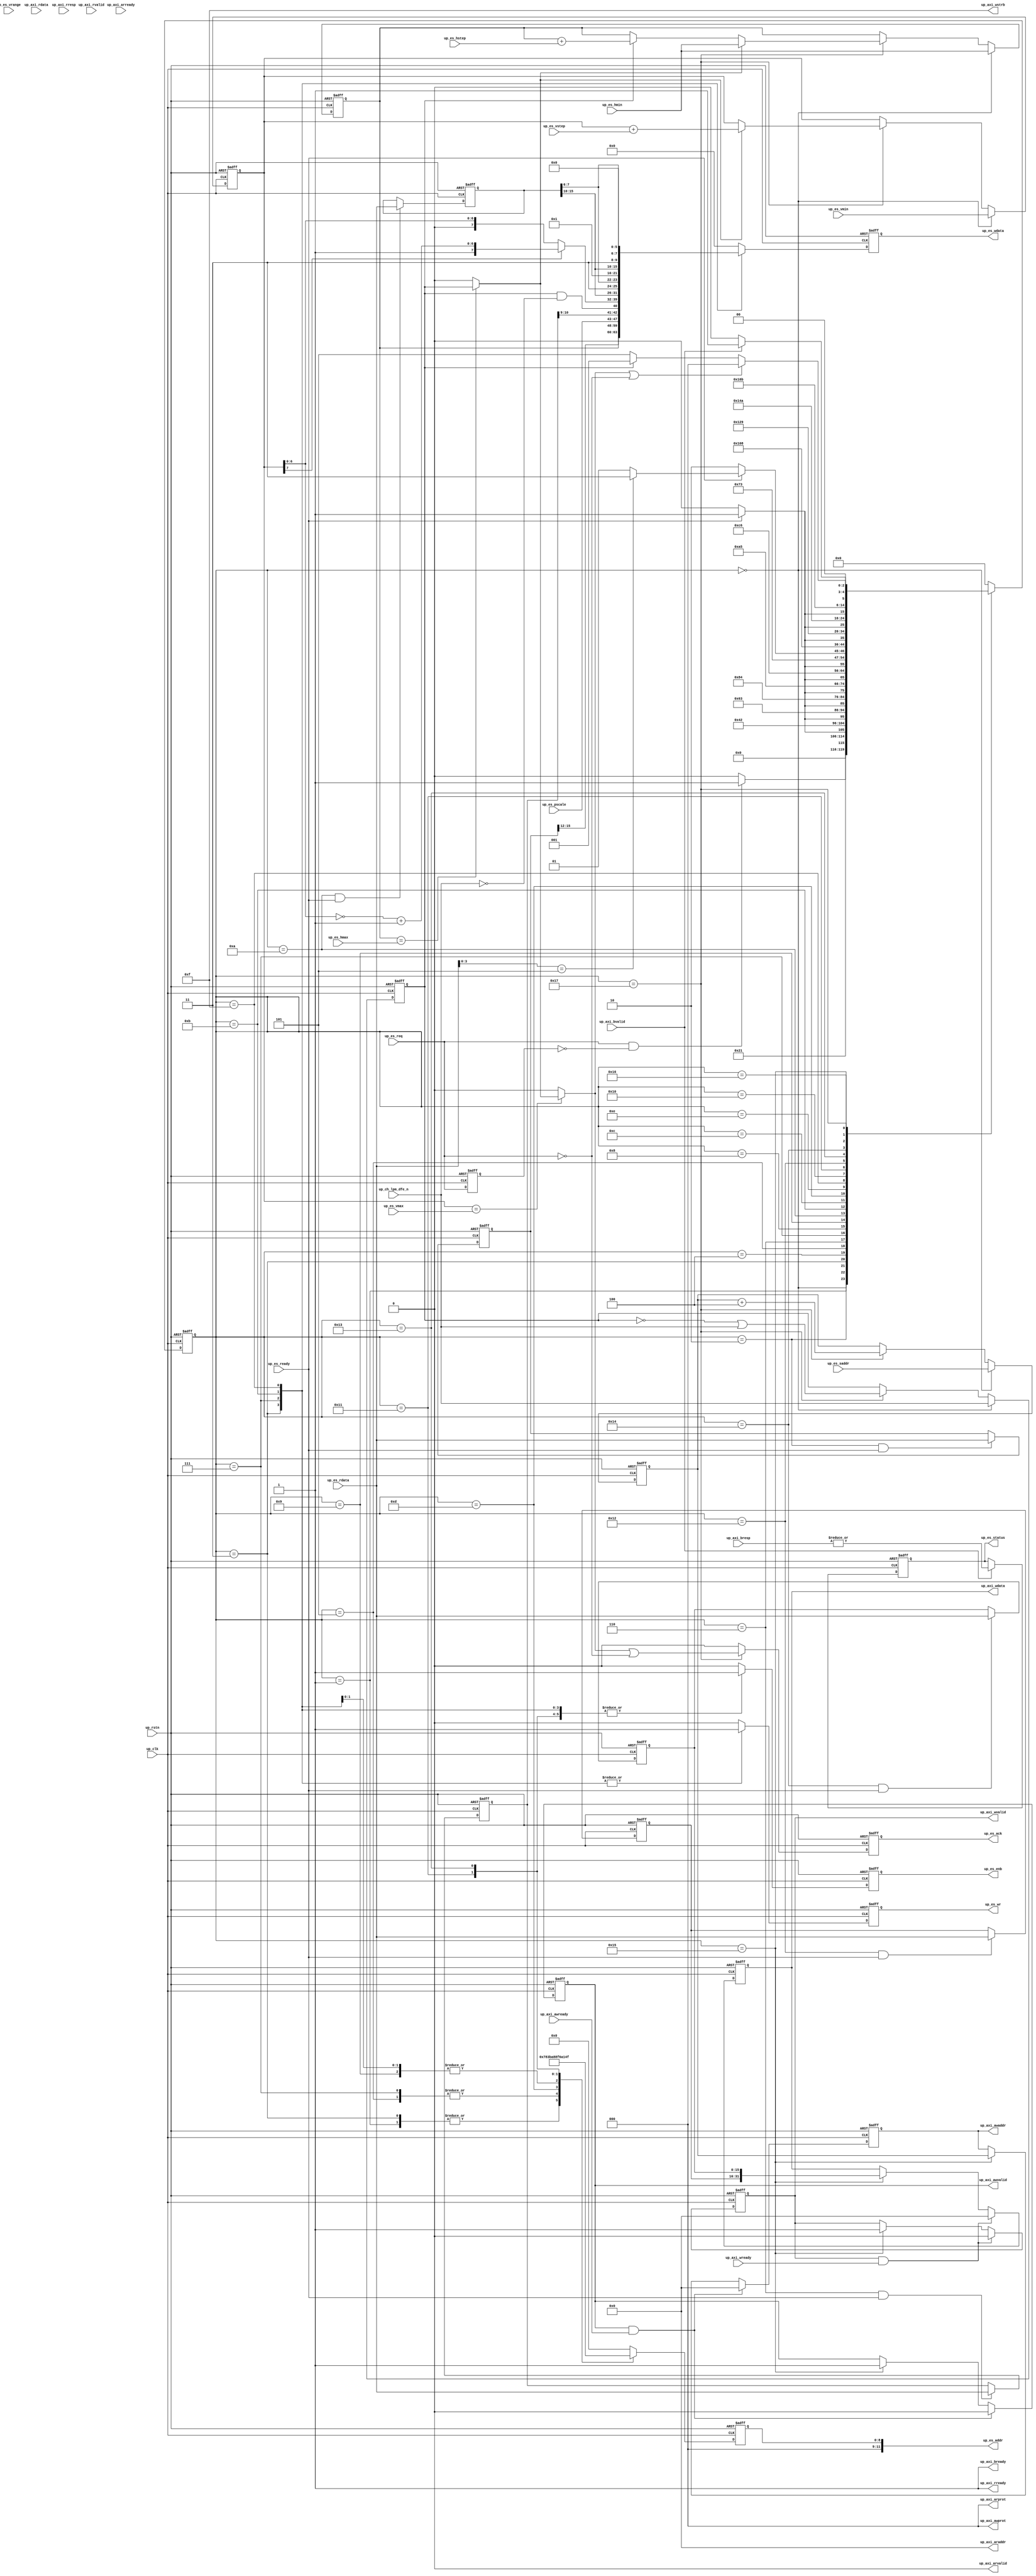
// ***************************************************************************
// ***************************************************************************
// Copyright 2011(c) Analog Devices, Inc.
// 
// All rights reserved.
// 
// Redistribution and use in source and binary forms, with or without modification,
// are permitted provided that the following conditions are met:
//     - Redistributions of source code must retain the above copyright
//       notice, this list of conditions and the following disclaimer.
//     - Redistributions in binary form must reproduce the above copyright
//       notice, this list of conditions and the following disclaimer in
//       the documentation and/or other materials provided with the
//       distribution.
//     - Neither the name of Analog Devices, Inc. nor the names of its
//       contributors may be used to endorse or promote products derived
//       from this software without specific prior written permission.
//     - The use of this software may or may not infringe the patent rights
//       of one or more patent holders.  This license does not release you
//       from the requirement that you obtain separate licenses from these
//       patent holders to use this software.
//     - Use of the software either in source or binary form, must be run
//       on or directly connected to an Analog Devices Inc. component.
//    
// THIS SOFTWARE IS PROVIDED BY ANALOG DEVICES "AS IS" AND ANY EXPRESS OR IMPLIED WARRANTIES,
// INCLUDING, BUT NOT LIMITED TO, NON-INFRINGEMENT, MERCHANTABILITY AND FITNESS FOR A
// PARTICULAR PURPOSE ARE DISCLAIMED.
//
// IN NO EVENT SHALL ANALOG DEVICES BE LIABLE FOR ANY DIRECT, INDIRECT, INCIDENTAL, SPECIAL,
// EXEMPLARY, OR CONSEQUENTIAL DAMAGES (INCLUDING, BUT NOT LIMITED TO, INTELLECTUAL PROPERTY
// RIGHTS, PROCUREMENT OF SUBSTITUTE GOODS OR SERVICES; LOSS OF USE, DATA, OR PROFITS; OR 
// BUSINESS INTERRUPTION) HOWEVER CAUSED AND ON ANY THEORY OF LIABILITY, WHETHER IN CONTRACT,
// STRICT LIABILITY, OR TORT (INCLUDING NEGLIGENCE OR OTHERWISE) ARISING IN ANY WAY OUT OF 
// THE USE OF THIS SOFTWARE, EVEN IF ADVISED OF THE POSSIBILITY OF SUCH DAMAGE.
// ***************************************************************************
// ***************************************************************************

`timescale 1ns/100ps

module axi_adxcvr_es (

  // up interface

  input           up_rstn,
  input           up_clk,
  output          up_es_enb,
  output  [11:0]  up_es_addr,
  output          up_es_wr,
  output  [15:0]  up_es_wdata,
  input   [15:0]  up_es_rdata,
  input           up_es_ready,
  input           up_ch_lpm_dfe_n,
  input           up_es_req,
  output          up_es_ack,
  input   [ 4:0]  up_es_pscale,
  input   [ 1:0]  up_es_vrange,
  input   [ 7:0]  up_es_vstep,
  input   [ 7:0]  up_es_vmax,
  input   [ 7:0]  up_es_vmin,
  input   [11:0]  up_es_hmax,
  input   [11:0]  up_es_hmin,
  input   [11:0]  up_es_hstep,
  input   [31:0]  up_es_saddr,
  output          up_es_status,

  // axi interface

  output          up_axi_awvalid,
  output  [31:0]  up_axi_awaddr,
  output  [ 2:0]  up_axi_awprot,
  input           up_axi_awready,
  output          up_axi_wvalid,
  output  [31:0]  up_axi_wdata,
  output  [ 3:0]  up_axi_wstrb,
  input           up_axi_wready,
  input           up_axi_bvalid,
  input   [ 1:0]  up_axi_bresp,
  output          up_axi_bready,
  output          up_axi_arvalid,
  output  [31:0]  up_axi_araddr,
  output  [ 2:0]  up_axi_arprot,
  input           up_axi_arready,
  input           up_axi_rvalid,
  input   [31:0]  up_axi_rdata,
  input   [ 1:0]  up_axi_rresp,
  output          up_axi_rready);

  // parameters

  parameter   integer GTH_OR_GTX_N = 0;
  parameter   integer TX_OR_RX_N = 0;

  // addresses

  localparam  [11:0]  ES_DRP_CTRL_ADDR    = (GTH_OR_GTX_N == 1) ? 12'h03c : 12'h03d; // GTH-7 12'h03d 
  localparam  [11:0]  ES_DRP_HOFFSET_ADDR = (GTH_OR_GTX_N == 1) ? 12'h04f : 12'h03c; // GTH-7 12'h03c 
  localparam  [11:0]  ES_DRP_VOFFSET_ADDR = (GTH_OR_GTX_N == 1) ? 12'h097 : 12'h03b; // GTH-7 12'h03b 
  localparam  [11:0]  ES_DRP_STATUS_ADDR  = (GTH_OR_GTX_N == 1) ? 12'h153 : 12'h151; // GTH-7 12'h153 
  localparam  [11:0]  ES_DRP_SCNT_ADDR    = (GTH_OR_GTX_N == 1) ? 12'h152 : 12'h150; // GTH-7 12'h152 
  localparam  [11:0]  ES_DRP_ECNT_ADDR    = (GTH_OR_GTX_N == 1) ? 12'h151 : 12'h14f; // GTH-7 12'h151 

  // fsm-states

  localparam  [ 4:0]  ES_FSM_IDLE             = 6'h00;
  localparam  [ 4:0]  ES_FSM_HOFFSET_READ     = 6'h01;
  localparam  [ 4:0]  ES_FSM_HOFFSET_RRDY     = 6'h02;
  localparam  [ 4:0]  ES_FSM_HOFFSET_WRITE    = 6'h03;
  localparam  [ 4:0]  ES_FSM_HOFFSET_WRDY     = 6'h04;
  localparam  [ 4:0]  ES_FSM_VOFFSET_READ     = 6'h05;
  localparam  [ 4:0]  ES_FSM_VOFFSET_RRDY     = 6'h06;
  localparam  [ 4:0]  ES_FSM_VOFFSET_WRITE    = 6'h07;
  localparam  [ 4:0]  ES_FSM_VOFFSET_WRDY     = 6'h08;
  localparam  [ 4:0]  ES_FSM_CTRL_READ        = 6'h09;
  localparam  [ 4:0]  ES_FSM_CTRL_RRDY        = 6'h0a;
  localparam  [ 4:0]  ES_FSM_START_WRITE      = 6'h0b;
  localparam  [ 4:0]  ES_FSM_START_WRDY       = 6'h0c;
  localparam  [ 4:0]  ES_FSM_STATUS_READ      = 6'h0d;
  localparam  [ 4:0]  ES_FSM_STATUS_RRDY      = 6'h0e;
  localparam  [ 4:0]  ES_FSM_STOP_WRITE       = 6'h0f;
  localparam  [ 4:0]  ES_FSM_STOP_WRDY        = 6'h10;
  localparam  [ 4:0]  ES_FSM_SCNT_READ        = 6'h11;
  localparam  [ 4:0]  ES_FSM_SCNT_RRDY        = 6'h12;
  localparam  [ 4:0]  ES_FSM_ECNT_READ        = 6'h13;
  localparam  [ 4:0]  ES_FSM_ECNT_RRDY        = 6'h14;
  localparam  [ 4:0]  ES_FSM_AXI_WRITE        = 6'h15;
  localparam  [ 4:0]  ES_FSM_AXI_READY        = 6'h16;
  localparam  [ 4:0]  ES_FSM_UPDATE           = 6'h17;

  // internal registers

  reg             up_awvalid = 'd0;
  reg     [31:0]  up_awaddr = 'd0;
  reg             up_wvalid = 'd0;
  reg     [31:0]  up_wdata = 'd0;
  reg             up_status = 'd0;
  reg             up_ut = 'd0;
  reg     [31:0]  up_daddr = 'd0;
  reg     [11:0]  up_hindex = 'd0;
  reg     [ 7:0]  up_vindex = 'd0;
  reg     [15:0]  up_hdata = 'd0;
  reg     [15:0]  up_vdata = 'd0;
  reg     [15:0]  up_cdata = 'd0;
  reg     [15:0]  up_sdata = 'd0;
  reg     [15:0]  up_edata = 'd0;
  reg             up_req_d = 'd0;
  reg             up_ack = 'd0;
  reg     [ 4:0]  up_fsm = 'd0;
  reg             up_enb = 'd0;
  reg     [11:0]  up_addr = 'd0;
  reg             up_wr = 'd0;
  reg     [15:0]  up_data = 'd0;

  // internal signals

  wire            up_heos_s;
  wire            up_eos_s;
  wire            up_ut_s;
  wire    [ 7:0]  up_vindex_m_s;
  wire    [ 7:0]  up_vindex_n_s;
  wire    [ 7:0]  up_vindex_s;
  wire            up_start_s;

  // axi interface

  generate
  if (TX_OR_RX_N == 1) begin
  assign up_axi_awvalid = 1'b0;
  assign up_axi_awaddr = 32'd0;
  assign up_axi_awprot = 3'd0;
  assign up_axi_wvalid = 1'b0;
  assign up_axi_wdata = 32'd0;
  assign up_axi_wstrb = 4'hf;
  assign up_axi_bready = 1'b1;
  assign up_axi_arvalid = 1'b0;
  assign up_axi_araddr = 32'd0;
  assign up_axi_arprot = 3'd0;
  assign up_axi_rready = 1'b1;
  end else begin
  assign up_axi_awvalid = up_awvalid;
  assign up_axi_awaddr = up_awaddr;
  assign up_axi_awprot = 3'd0;
  assign up_axi_wvalid = up_wvalid;
  assign up_axi_wdata = up_wdata;
  assign up_axi_wstrb = 4'hf;
  assign up_axi_bready = 1'b1;
  assign up_axi_arvalid = 1'b0;
  assign up_axi_araddr = 32'd0;
  assign up_axi_arprot = 3'd0;
  assign up_axi_rready = 1'b1;
  end
  endgenerate

  // reconfig interface

  generate
  if (TX_OR_RX_N == 1) begin
  assign up_es_ack = 1'b1;
  assign up_es_enb = 1'b0;
  assign up_es_addr = 12'd0;
  assign up_es_wr = 1'd0;
  assign up_es_wdata = 16'd0;
  assign up_es_status = 1'd0;
  end else begin
  assign up_es_ack = up_ack;
  assign up_es_enb = up_enb;
  assign up_es_addr = up_addr;
  assign up_es_wr = up_wr;
  assign up_es_wdata = up_data;
  assign up_es_status = up_status;
  end
  endgenerate

  // axi write

  always @(negedge up_rstn or posedge up_clk) begin
    if (up_rstn == 0) begin
      up_awvalid <= 'b0;
      up_awaddr <= 'd0;
      up_wvalid <= 'b0;
      up_wdata <= 'd0;
      up_status <= 'd0;
    end else begin
      if ((up_awvalid == 1'b1) && (up_axi_awready == 1'b1)) begin
        up_awvalid <= 1'b0;
        up_awaddr <= 32'd0;
      end else if (up_fsm == ES_FSM_AXI_WRITE) begin
        up_awvalid <= 1'b1;
        up_awaddr <= up_daddr;
      end
      if ((up_wvalid == 1'b1) && (up_axi_wready == 1'b1)) begin
        up_wvalid <= 1'b0;
        up_wdata <= 32'd0;
      end else if (up_fsm == ES_FSM_AXI_WRITE) begin
        up_wvalid <= 1'b1;
        up_wdata <= {up_sdata, up_edata};
      end
      if (up_axi_bvalid == 1'b1) begin
        up_status <= | up_axi_bresp;
      end
    end
  end

  // prescale, horizontal and vertical offsets

  assign up_heos_s = (up_hindex == up_es_hmax) ? up_ut : 1'b0;
  assign up_eos_s = (up_vindex == up_es_vmax) ? up_heos_s : 1'b0;

  assign up_ut_s = up_ut & ~up_ch_lpm_dfe_n;
  assign up_vindex_m_s = ~up_vindex + 1'b1;
  assign up_vindex_n_s = {1'b1, up_vindex_m_s[6:0]};
  assign up_vindex_s = (up_vindex[7] == 1'b1) ? up_vindex_n_s : up_vindex;

  always @(negedge up_rstn or posedge up_clk) begin
    if (up_rstn == 1'b0) begin
      up_ut <= 'd0;
      up_daddr <= 'd0;
      up_hindex <= 'd0;
      up_vindex <= 'd0;
    end else begin
      if (up_fsm == ES_FSM_IDLE) begin
        up_ut <= up_ch_lpm_dfe_n;
        up_daddr <= up_es_saddr;
        up_hindex <= up_es_hmin;
        up_vindex <= up_es_vmin;
      end else if (up_fsm == ES_FSM_UPDATE) begin
        up_ut <= ~up_ut | up_ch_lpm_dfe_n;
        up_daddr <= up_daddr + 3'd4;
        if (up_heos_s == 1'b1) begin
          up_hindex <= up_es_hmin;
        end else if (up_ut == 1'b1) begin
          up_hindex <= up_hindex + up_es_hstep;
        end
        if (up_heos_s == 1'b1) begin
          up_vindex <= up_vindex + up_es_vstep;
        end
      end
    end
  end

  // read-modify-write

  always @(negedge up_rstn or posedge up_clk) begin
    if (up_rstn == 1'b0) begin
      up_hdata <= 'd0;
      up_vdata <= 'd0;
      up_cdata <= 'd0;
      up_sdata <= 'd0;
      up_edata <= 'd0;
    end else begin
      if ((up_fsm == ES_FSM_HOFFSET_RRDY) && (up_es_ready == 1'b1)) begin
        up_hdata <= up_es_rdata;
      end
      if ((up_fsm == ES_FSM_VOFFSET_RRDY) && (up_es_ready == 1'b1)) begin
        up_vdata <= up_es_rdata;
      end
      if ((up_fsm == ES_FSM_CTRL_RRDY) && (up_es_ready == 1'b1)) begin
        up_cdata <= up_es_rdata;
      end
      if ((up_fsm == ES_FSM_SCNT_RRDY) && (up_es_ready == 1'b1)) begin
        up_sdata <= up_es_rdata;
      end
      if ((up_fsm == ES_FSM_ECNT_RRDY) && (up_es_ready == 1'b1)) begin
        up_edata <= up_es_rdata;
      end
    end
  end

  // request, start and ack

  assign up_start_s = up_es_req & ~up_req_d;

  always @(negedge up_rstn or posedge up_clk) begin
    if (up_rstn == 1'b0) begin
      up_req_d <= 1'b0;
      up_ack <= 1'b0;
    end else begin
      up_req_d <= up_es_req;
      if (up_fsm == ES_FSM_UPDATE) begin 
        up_ack <= up_eos_s | ~up_es_req;
      end else begin
        up_ack <= 1'b0;
      end
    end
  end

  // es-fsm

  always @(negedge up_rstn or posedge up_clk) begin
    if (up_rstn == 1'b0) begin
      up_fsm <= ES_FSM_IDLE;
    end else begin
      case (up_fsm)
        ES_FSM_IDLE: begin 
          if (up_start_s == 1'b1) begin
            up_fsm <= ES_FSM_HOFFSET_READ;
          end else begin
            up_fsm <= ES_FSM_IDLE;
          end
        end
        ES_FSM_HOFFSET_READ: begin 
          up_fsm <= ES_FSM_HOFFSET_RRDY;
        end
        ES_FSM_HOFFSET_RRDY: begin 
          if (up_es_ready == 1'b1) begin
            up_fsm <= ES_FSM_HOFFSET_WRITE;
          end else begin
            up_fsm <= ES_FSM_HOFFSET_RRDY;
          end
        end
        ES_FSM_HOFFSET_WRITE: begin 
          up_fsm <= ES_FSM_HOFFSET_WRDY;
        end
        ES_FSM_HOFFSET_WRDY: begin 
          if (up_es_ready == 1'b1) begin
            up_fsm <= ES_FSM_VOFFSET_READ;
          end else begin
            up_fsm <= ES_FSM_HOFFSET_WRDY;
          end
        end
        ES_FSM_VOFFSET_READ: begin 
          up_fsm <= ES_FSM_VOFFSET_RRDY;
        end
        ES_FSM_VOFFSET_RRDY: begin 
          if (up_es_ready == 1'b1) begin
            up_fsm <= ES_FSM_VOFFSET_WRITE;
          end else begin
            up_fsm <= ES_FSM_VOFFSET_RRDY;
          end
        end
        ES_FSM_VOFFSET_WRITE: begin 
          up_fsm <= ES_FSM_VOFFSET_WRDY;
        end
        ES_FSM_VOFFSET_WRDY: begin 
          if (up_es_ready == 1'b1) begin
            up_fsm <= ES_FSM_CTRL_READ;
          end else begin
            up_fsm <= ES_FSM_VOFFSET_WRDY;
          end
        end
        ES_FSM_CTRL_READ: begin 
          up_fsm <= ES_FSM_CTRL_RRDY;
        end
        ES_FSM_CTRL_RRDY: begin 
          if (up_es_ready == 1'b1) begin
            up_fsm <= ES_FSM_START_WRITE;
          end else begin
            up_fsm <= ES_FSM_CTRL_RRDY;
          end
        end
        ES_FSM_START_WRITE: begin 
          up_fsm <= ES_FSM_START_WRDY;
        end
        ES_FSM_START_WRDY: begin 
          if (up_es_ready == 1'b1) begin
            up_fsm <= ES_FSM_STATUS_READ;
          end else begin
            up_fsm <= ES_FSM_START_WRDY;
          end
        end
        ES_FSM_STATUS_READ: begin 
          up_fsm <= ES_FSM_STATUS_RRDY;
        end
        ES_FSM_STATUS_RRDY: begin 
          if (up_es_ready == 1'b0) begin
            up_fsm <= ES_FSM_STATUS_RRDY;
          end else if (up_es_rdata[3:0] == 4'b0101) begin
            up_fsm <= ES_FSM_STOP_WRITE;
          end else begin
            up_fsm <= ES_FSM_STATUS_READ;
          end
        end
        ES_FSM_STOP_WRITE: begin 
          up_fsm <= ES_FSM_STOP_WRDY;
        end
        ES_FSM_STOP_WRDY: begin 
          if (up_es_ready == 1'b1) begin
            up_fsm <= ES_FSM_SCNT_READ;
          end else begin
            up_fsm <= ES_FSM_STOP_WRDY;
          end
        end
        ES_FSM_SCNT_READ: begin 
          up_fsm <= ES_FSM_SCNT_RRDY;
        end
        ES_FSM_SCNT_RRDY: begin 
          if (up_es_ready == 1'b1) begin
            up_fsm <= ES_FSM_ECNT_READ;
          end else begin
            up_fsm <= ES_FSM_SCNT_RRDY;
          end
        end
        ES_FSM_ECNT_READ: begin 
          up_fsm <= ES_FSM_ECNT_RRDY;
        end
        ES_FSM_ECNT_RRDY: begin 
          if (up_es_ready == 1'b1) begin
            up_fsm <= ES_FSM_AXI_WRITE;
          end else begin
            up_fsm <= ES_FSM_ECNT_RRDY;
          end
        end
        ES_FSM_AXI_WRITE: begin 
          up_fsm <= ES_FSM_AXI_READY;
        end
        ES_FSM_AXI_READY: begin 
          if (up_axi_bvalid == 1'b1) begin
            up_fsm <= ES_FSM_UPDATE;
          end else begin
            up_fsm <= ES_FSM_AXI_READY;
          end
        end
        ES_FSM_UPDATE: begin 
          if ((up_eos_s == 1'b1) || (up_es_req == 1'b0)) begin
            up_fsm <= ES_FSM_IDLE;
          end else if (up_ut == 1'b1) begin
            up_fsm <= ES_FSM_HOFFSET_READ;
          end else begin
            up_fsm <= ES_FSM_VOFFSET_READ;
          end
        end
        default: begin
          up_fsm <= ES_FSM_IDLE;
        end
      endcase
    end
  end

  // channel access

  always @(negedge up_rstn or posedge up_clk) begin
    if (up_rstn == 1'b0) begin
      up_enb <= 'd0;
      up_addr <= 'd0;
      up_wr <= 'd0;
      up_data <= 'd0;
    end else begin
      case (up_fsm)
        ES_FSM_HOFFSET_READ: begin
          up_enb <= 1'b1;
          up_addr <= ES_DRP_HOFFSET_ADDR;
          up_wr <= 1'b0;
          up_data <= 16'h0000;
        end
        ES_FSM_HOFFSET_WRITE: begin
          up_enb <= 1'b1;
          up_addr <= ES_DRP_HOFFSET_ADDR;
          up_wr <= 1'b1;
          if (GTH_OR_GTX_N == 1) begin
          up_data <= {up_hindex, up_hdata[3:0]};
          end else begin
          up_data <= {up_hdata[15:12], up_hindex};
          end
        end
        ES_FSM_VOFFSET_READ: begin
          up_enb <= 1'b1;
          up_addr <= ES_DRP_VOFFSET_ADDR;
          up_wr <= 1'b0;
          up_data <= 16'h0000;
        end
        ES_FSM_VOFFSET_WRITE: begin
          up_enb <= 1'b1;
          up_addr <= ES_DRP_VOFFSET_ADDR;
          up_wr <= 1'b1;
          if (GTH_OR_GTX_N == 1) begin
          up_data <= {up_vdata[15:11], up_vindex_s[7], up_ut_s, up_vindex_s[6:0], up_es_vrange};
          end else begin
          up_data <= {up_es_pscale, up_vdata[10:9], up_ut_s, up_vindex_s};
          end
        end
        ES_FSM_CTRL_READ: begin
          up_enb <= 1'b1;
          up_addr <= ES_DRP_CTRL_ADDR;
          up_wr <= 1'b0;
          up_data <= 16'h0000;
        end
        ES_FSM_START_WRITE: begin
          up_enb <= 1'b1;
          up_addr <= ES_DRP_CTRL_ADDR;
          up_wr <= 1'b1;
          if (GTH_OR_GTX_N == 1) begin
          up_data <= {6'd1, 2'b11, up_cdata[7:5], up_es_pscale};
          end else begin
          up_data <= {up_cdata[15:10], 2'b11, up_cdata[7:6], 6'd1};
          end
        end
        ES_FSM_STATUS_READ: begin
          up_enb <= 1'b1;
          up_addr <= ES_DRP_STATUS_ADDR;
          up_wr <= 1'b0;
          up_data <= 16'h0000;
        end
        ES_FSM_STOP_WRITE: begin
          up_enb <= 1'b1;
          up_addr <= ES_DRP_CTRL_ADDR;
          up_wr <= 1'b1;
          if (GTH_OR_GTX_N == 1) begin
          up_data <= {6'd0, 2'b11, up_cdata[7:5], up_es_pscale};
          end else begin
          up_data <= {up_cdata[15:10], 2'b11, up_cdata[7:6], 6'd0};
          end
        end
        ES_FSM_SCNT_READ: begin
          up_enb <= 1'b1;
          up_addr <= ES_DRP_SCNT_ADDR;
          up_wr <= 1'b0;
          up_data <= 16'h0000;
        end
        ES_FSM_ECNT_READ: begin
          up_enb <= 1'b1;
          up_addr <= ES_DRP_ECNT_ADDR;
          up_wr <= 1'b0;
          up_data <= 16'h0000;
        end
        default: begin
          up_enb <= 1'b0;
          up_addr <= 9'h000;
          up_wr <= 1'b0;
          up_data <= 16'h0000;
        end
      endcase
    end
  end

endmodule

// ***************************************************************************
// ***************************************************************************